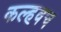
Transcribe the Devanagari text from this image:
कल्हवच